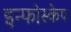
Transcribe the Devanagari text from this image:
इन्फोस्केप